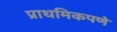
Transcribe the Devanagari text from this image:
प्राथमिकपणे